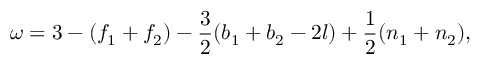
\omega = 3 - ( f _ { 1 } + f _ { 2 } ) - \frac { 3 } { 2 } ( b _ { 1 } + b _ { 2 } - 2 l ) + \frac { 1 } { 2 } ( n _ { 1 } + n _ { 2 } ) ,